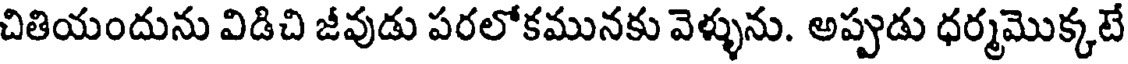
చితియందును విడిచి జీవుడు పరలోకమునకు వెళ్ళును. అప్పుడు ధర్మమొక్కటే